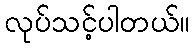
လုပ်သင့်ပါတယ်။